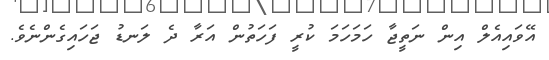
އޭވައިއެލް އިން ނަތީޖާ ހަމަހަމަ ކުރީ ފަހަތުން އަރާ ދެ ލަނޑު ޖަހައިގެންނެވެ.